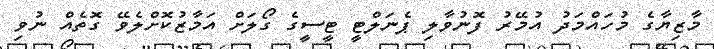
މާޒިޔާގެ މުހައްމަދު އުމޭރު ފޮނުވާލި ޕެނަލްޓީ ޓީސީގެ ގޯލަށް އަމާޒުކޮށްލެވޭ ގޮތެއް ނުވި